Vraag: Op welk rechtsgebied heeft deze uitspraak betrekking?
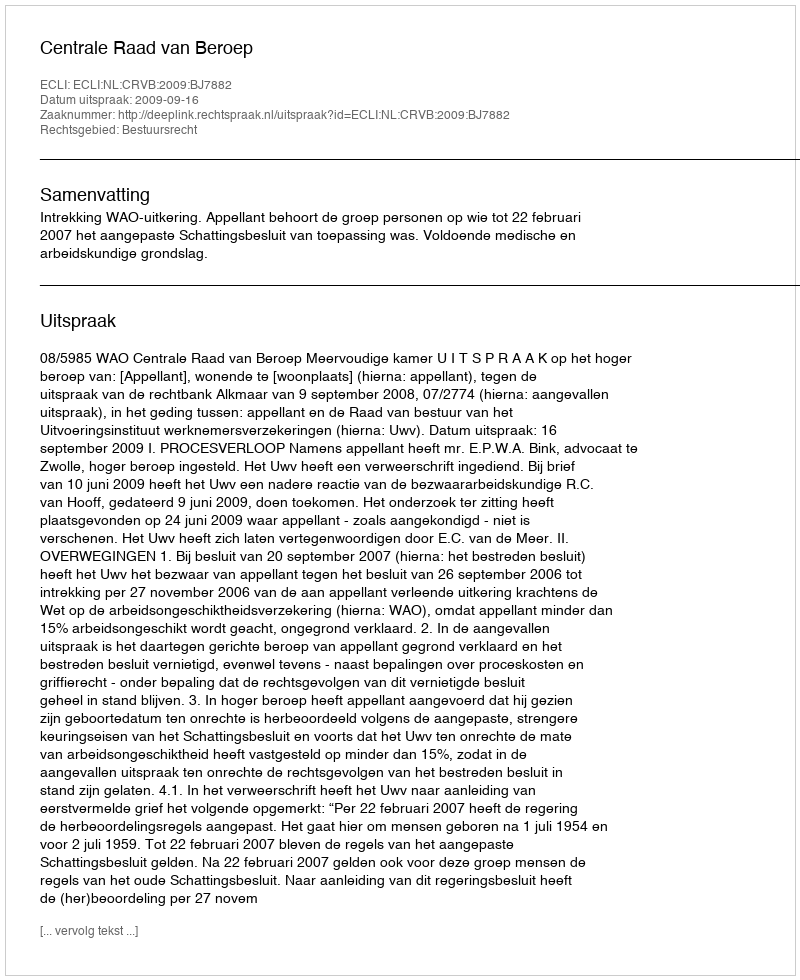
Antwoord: Bestuursrecht